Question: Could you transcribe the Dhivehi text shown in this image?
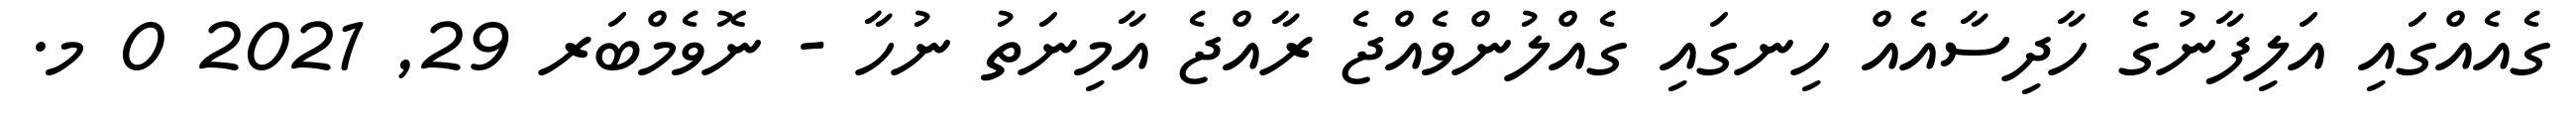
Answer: ގެއެއްގައި އަލިފާނުގެ ހާދިސާއެއް ހިނގައި ގެއްލުންވެއްޖެ ރާއްޖެ އާމިނަތު ނުހާ - ނޮވެމްބަރ 29, 2021 0 މ.